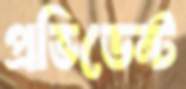
প্রভিডেন্ট